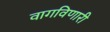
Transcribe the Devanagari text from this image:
वागविणारी